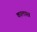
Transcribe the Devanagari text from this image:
कालास्त्र